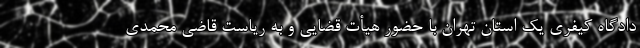
دادگاه کیفری یک استان تهران با حضور هیأت قضایی و به ریاست قاضی محمدی